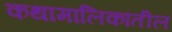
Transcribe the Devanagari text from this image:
कथामालिकांतील